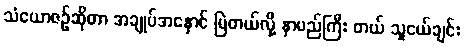
သံယောဇဉ်ဆိုတာ အချုပ်အနှောင် မြဲတယ်လို့ နာမည်ကြီး တယ် သူငယ်ချင်း